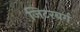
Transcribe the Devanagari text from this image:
जिटरबर्ग